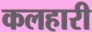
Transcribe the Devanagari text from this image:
कलहारी